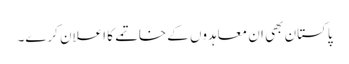
پاکستان بھی ان معاہدوں کے خاتمے کا اعلان کرے۔